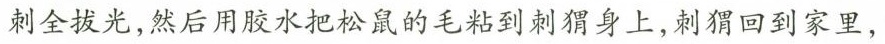
刺全拔光，然后用胶水把松鼠的毛粘到刺猬身上，刺猬回到家里，